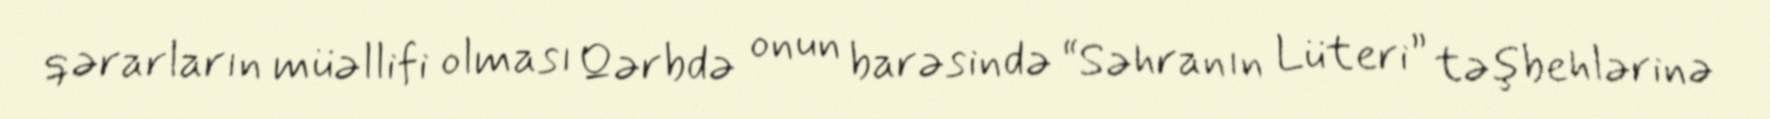
qərarların müəllifi olması Qərbdə onun barəsində “Səhranın Lüteri” təşbehlərinə